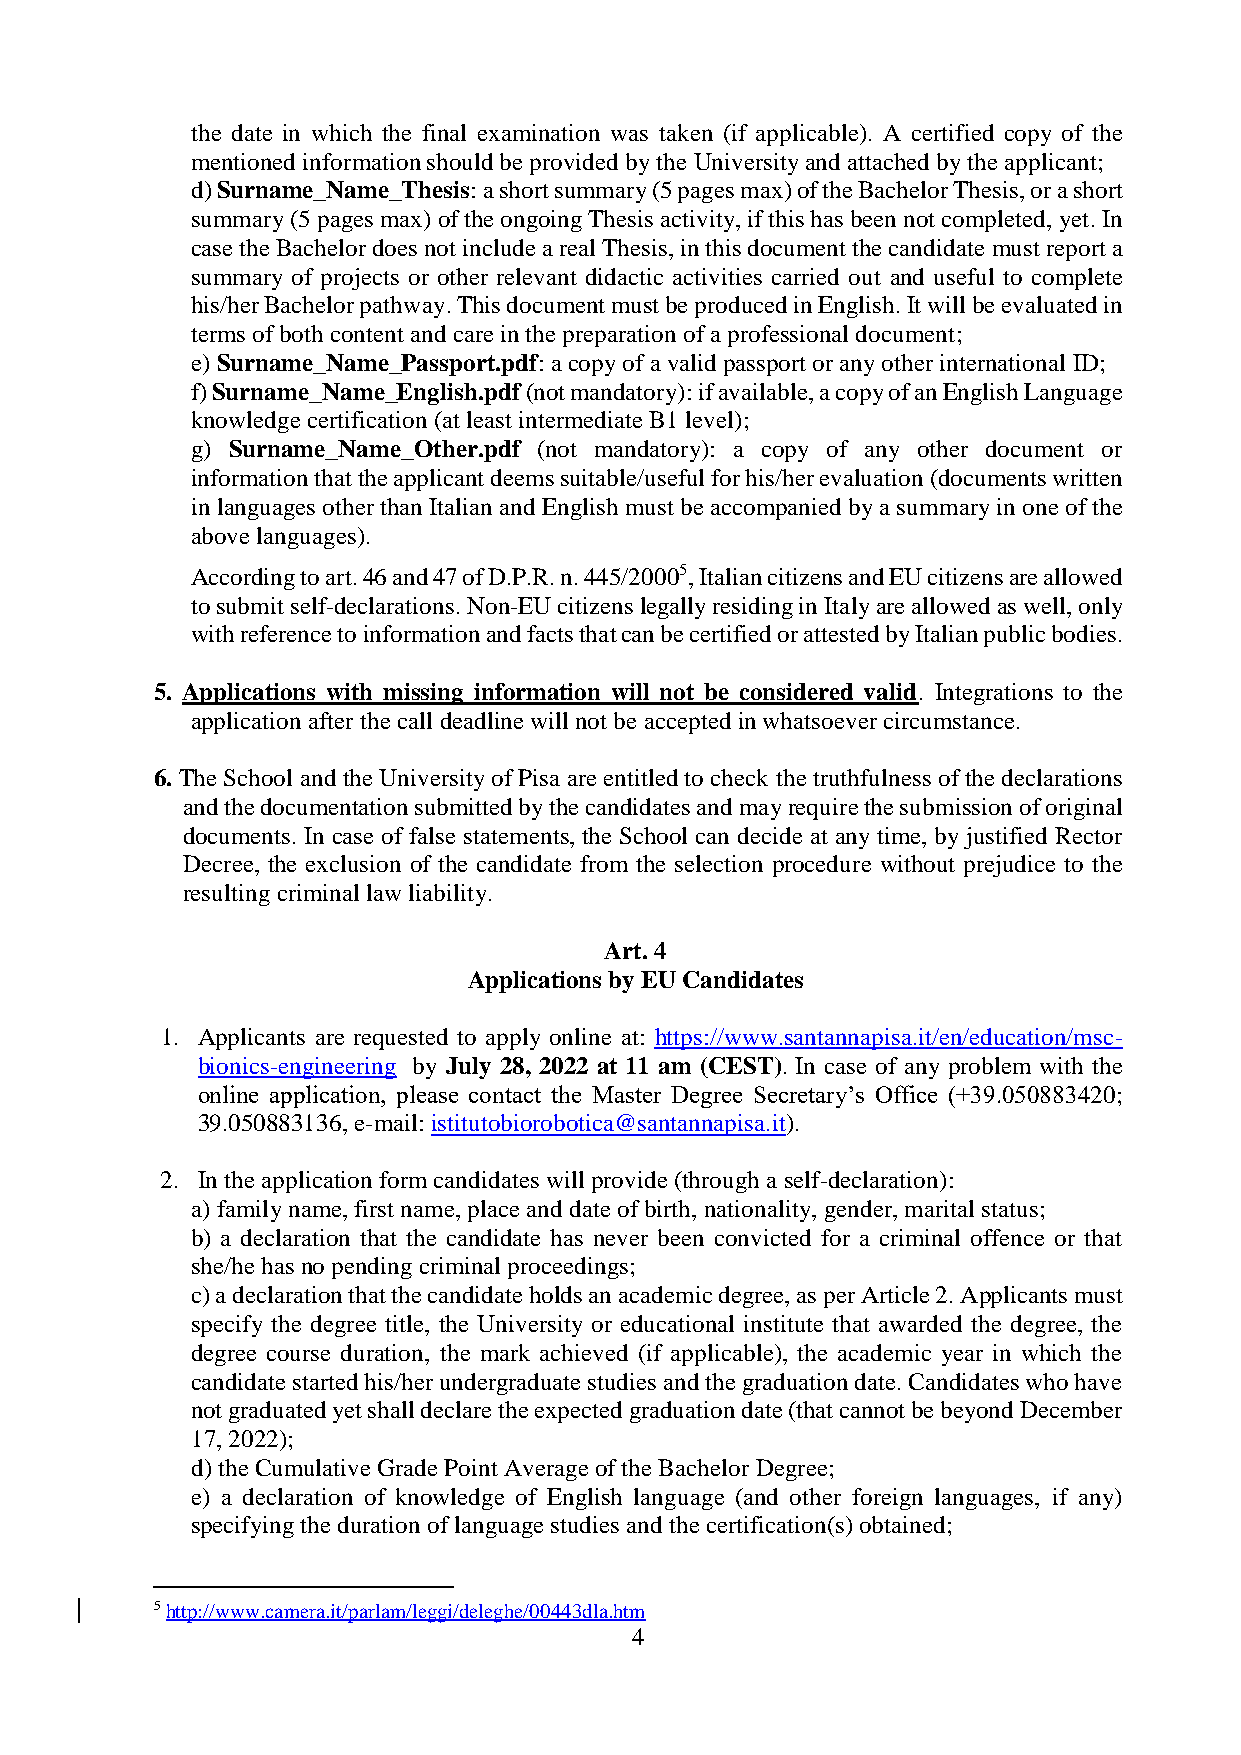
the date in which the final examination was taken (if applicable). A certified copy of the
 mentioned information should be provided by the University and attached by the applicant;
 d) Surname_Name_Thesis: a short summary (5 pages max) of the Bachelor Thesis, or a short
 summary (5 pages max) of the ongoing Thesis activity, if this has been not completed, yet. In
 case the Bachelor does not include a real Thesis, in this document the candidate must report a
 summary of projects or other relevant didactic activities carried out and useful to complete
 his/her Bachelor pathway. This document must be produced in English. It will be evaluated in
 terms of both content and care in the preparation of a professional document;
 e) Surname_Name_Passport.pdf: a copy of a valid passport or any other international ID;
 f) Surname_Name_English.pdf (not mandatory): if available, a copy of an English Language
 knowledge certification (at least intermediate B1 level);
 g) Surname_Name_Other.pdf (not mandatory): a copy of any other document or
 information that the applicant deems suitable/useful for his/her evaluation (documents written
 in languages other than Italian and English must be accompanied by a summary in one of the
 above languages).
 According to art. 46 and 47 of D.P.R. n. 445/20005, Italian citizens and EU citizens are allowed
 to submit self-declarations. Non-EU citizens legally residing in Italy are allowed as well, only
 with reference to information and facts that can be certified or attested by Italian public bodies.
 5. Applications with missing information will not be considered valid. Integrations to the
 application after the call deadline will not be accepted in whatsoever circumstance.
 6. The School and the University of Pisa are entitled to check the truthfulness of the declarations
 and the documentation submitted by the candidates and may require the submission of original
 documents. In case of false statements, the School can decide at any time, by justified Rector
 Decree, the exclusion of the candidate from the selection procedure without prejudice to the
 resulting criminal law liability.
 Art. 4
 Applications by EU Candidates
 1. Applicants are requested to apply online at: https://www.santannapisa.it/en/education/msc-
 bionics-engineering by July 28, 2022 at 11 am (CEST). In case of any problem with the
 online application, please contact the Master Degree Secretary’s Office (+39.050883420;
 39.050883136, e-mail: istitutobiorobotica@santannapisa.it).
 2. In the application form candidates will provide (through a self-declaration):
 a) family name, first name, place and date of birth, nationality, gender, marital status;
 b) a declaration that the candidate has never been convicted for a criminal offence or that
 she/he has no pending criminal proceedings;
 c) a declaration that the candidate holds an academic degree, as per Article 2. Applicants must
 specify the degree title, the University or educational institute that awarded the degree, the
 degree course duration, the mark achieved (if applicable), the academic year in which the
 candidate started his/her undergraduate studies and the graduation date. Candidates who have
 not graduated yet shall declare the expected graduation date (that cannot be beyond December
 17, 2022);
 d) the Cumulative Grade Point Average of the Bachelor Degree;
 e) a declaration of knowledge of English language (and other foreign languages, if any)
 specifying the duration of language studies and the certification(s) obtained;
 5 http://www.camera.it/parlam/leggi/deleghe/00443dla.htm
 4